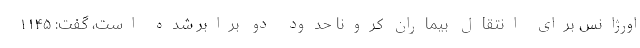
اورژانس برای انتقال بیماران کرونا حدود دو برابر شده است، گفت: ۱۱۴۵